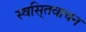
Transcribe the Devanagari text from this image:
स्वसि्तवाचन